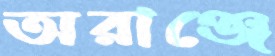
অরাঞ্জে